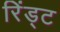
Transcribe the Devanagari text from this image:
रिंड्ट